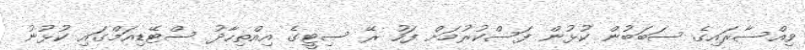
ވިއްސާރައިގެ ސަބަބުން ކުޅުން ފަސްކުރުމަށް ފަހު ރޭ ސިޓީގެ އިއްތިހާދު ސްޓޭޑިއަމްގައި ކުޅުނު